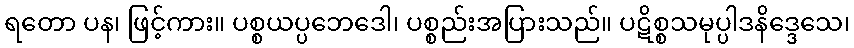
ရတော ပန၊ ဖြင့်ကား။ ပစ္စယပ္ပဘေဒေါ၊ ပစ္စည်းအပြားသည်။ ပဋိစ္စသမုပ္ပါဒနိဒ္ဒေသေ၊